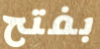
بفتح